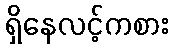
ရှိနေလင့်ကစား